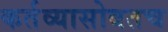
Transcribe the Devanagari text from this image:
कर्तव्यासोबतच